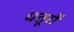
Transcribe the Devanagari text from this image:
धतूरों